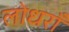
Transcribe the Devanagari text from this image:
लोधराँ